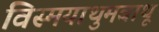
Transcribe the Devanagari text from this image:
विस्मयाथुमबाथू